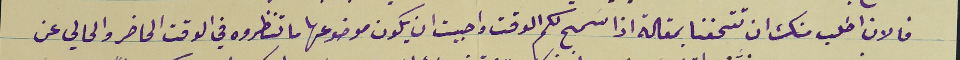
فالان اطلب منك ان تتحفنا بمقالة اذا سَمح لكم الوقت واحببت ان يكون موضوعها ما تنظروه في الوقت الحاضر والحالي عن